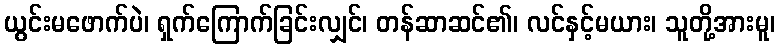
ယွင်းမဖောက်ပဲ၊ ရှက်ကြောက်ခြင်းလျှင်၊ တန်ဆာဆင်၏၊ လင်နှင့်မယား၊ သူတို့အားမူ၊